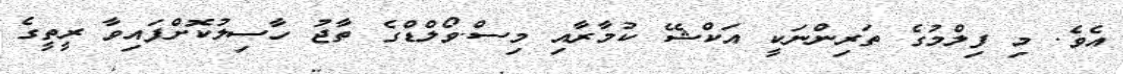
އެވެ. މި ފިލްމުގެ ތަރިންނަކީ އަކްޝޭ ކުމާރާއި މިސް.ވޯލްޑްގެ ތާޖު ހާސިލުކޮށްފައިވާ ރީތީގެ